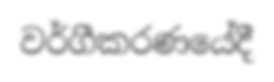
වර්ගීකරණයේදී